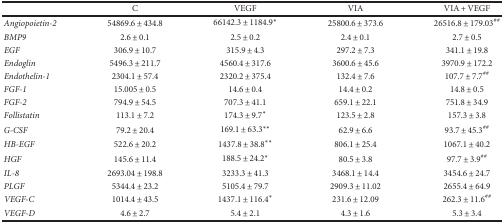
<table><thead><tr><td></td><td><b>C</b></td><td><b>VEGF</b></td><td><b>VIA</b></td><td><b>VIA + VEGF</b></td></tr></thead><tbody><tr><td><i>Angiopoietin-2</i></td><td>54869.6 ± 434.8</td><td>66142.3 ± 1184.9<sup>∗</sup></td><td>25800.6 ± 373.6</td><td>26516.8 ± 179.03<sup>##</sup></td></tr><tr><td><i>BMP9</i></td><td>2.6 ± 0.1</td><td>2.5 ± 0.2</td><td>2.4 ± 0.1</td><td>2.7 ± 0.5</td></tr><tr><td><i>EGF</i></td><td>306.9 ± 10.7</td><td>315.9 ± 4.3</td><td>297.2 ± 7.3</td><td>341.1 ± 19.8</td></tr><tr><td><i>Endoglin</i></td><td>5496.3 ± 211.7</td><td>4560.4 ± 317.6</td><td>3600.6 ± 45.6</td><td>3970.9 ± 172.2</td></tr><tr><td><i>Endothelin-1</i></td><td>2304.1 ± 57.4</td><td>2320.2 ± 375.4</td><td>132.4 ± 7.6</td><td>107.7 ± 7.7<sup>##</sup></td></tr><tr><td><i>FGF-1</i></td><td>15.005 ± 0.5</td><td>14.6 ± 0.4</td><td>14.4 ± 0.2</td><td>14.8 ± 0.5</td></tr><tr><td><i>FGF-2</i></td><td>794.9 ± 54.5</td><td>707.3 ± 41.1</td><td>659.1 ± 22.1</td><td>751.8 ± 34.9</td></tr><tr><td><i>Follistatin</i></td><td>113.1 ± 7.2</td><td>174.3 ± 9.7<sup>∗</sup></td><td>123.5 ± 2.8</td><td>157.3 ± 3.8</td></tr><tr><td><i>G-CSF</i></td><td>79.2 ± 20.4</td><td>169.1 ± 63.3<sup>∗∗</sup></td><td>62.9 ± 6.6</td><td>93.7 ± 45.3<sup>##</sup></td></tr><tr><td><i>HB-EGF</i></td><td>522.6 ± 20.2</td><td>1437.8 ± 38.8<sup>∗∗</sup></td><td>806.1 ± 25.4</td><td>1067.1 ± 40.2</td></tr><tr><td><i>HGF</i></td><td>145.6 ± 11.4</td><td>188.5 ± 24.2<sup>∗</sup></td><td>80.5 ± 3.8</td><td>97.7 ± 3.9<sup>##</sup></td></tr><tr><td><i>IL-8</i></td><td>2693.04 ± 198.8</td><td>3233.3 ± 41.3</td><td>3468.1 ± 14.4</td><td>3454.6 ± 24.7</td></tr><tr><td><i>PLGF</i></td><td>5344.4 ± 23.2</td><td>5105.4 ± 79.7</td><td>2909.3 ± 11.02</td><td>2655.4 ± 64.9</td></tr><tr><td><i>VEGF-C</i></td><td>1014.4 ± 43.5</td><td>1437.1 ± 116.4<sup>∗</sup></td><td>231.6 ± 12.09</td><td>262.3 ± 11.6<sup>##</sup></td></tr><tr><td><i>VEGF-D</i></td><td>4.6 ± 2.7</td><td>5.4 ± 2.1</td><td>4.3 ± 1.6</td><td>5.3 ± 3.4</td></tr></tbody></table>